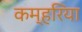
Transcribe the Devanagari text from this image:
कम्हरिया